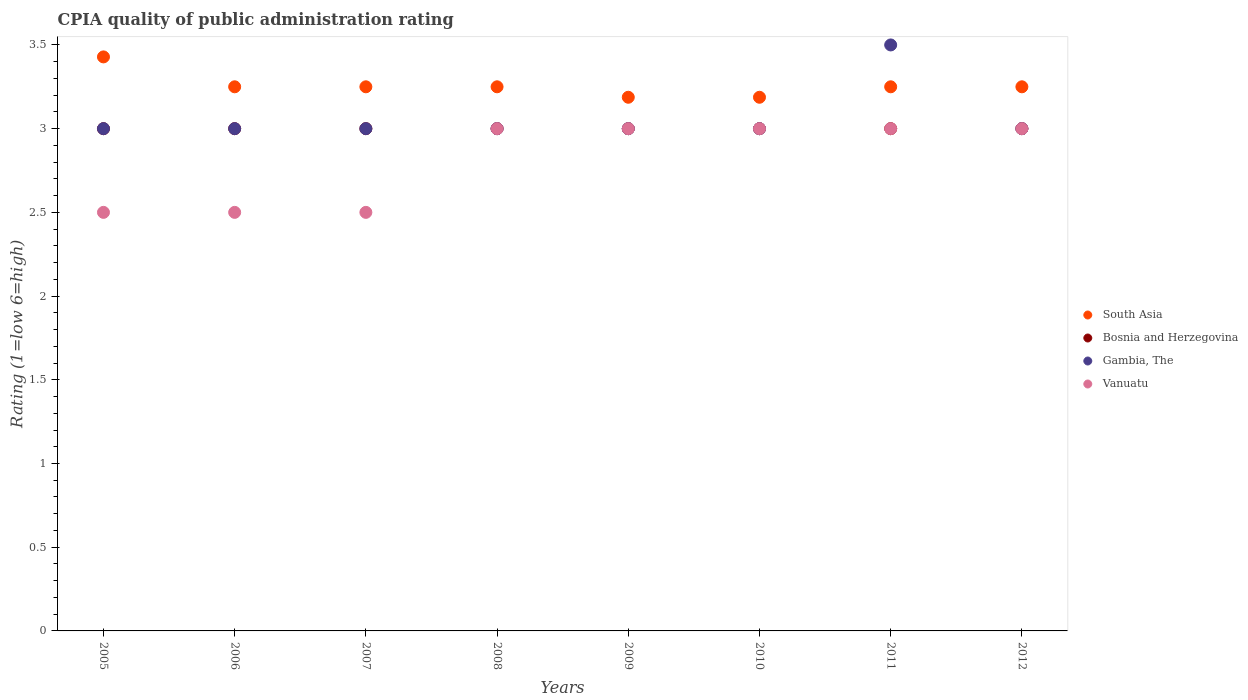
| Years | South Asia | Bosnia and Herzegovina | Gambia, The | Vanuatu |
 | --- | --- | --- | --- | --- |
 | 2005 | 3.43 | 3 | 3 | 2.5 |
 | 2006 | 3.25 | 3 | 3 | 2.5 |
 | 2007 | 3.25 | 3 | 3 | 2.5 |
 | 2008 | 3.25 | 3 | 3 | 3 |
 | 2009 | 3.19 | 3 | 3 | 3 |
 | 2010 | 3.19 | 3 | 3 | 3 |
 | 2011 | 3.25 | 3 | 3.5 | 3 |
 | 2012 | 3.25 | 3 | 3 | 3 |